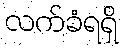
လက်ခံရရှိ